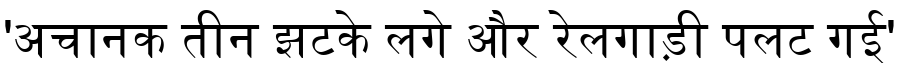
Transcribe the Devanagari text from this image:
'अचानक तीन झटके लगे और रेलगाड़ी पलट गई'